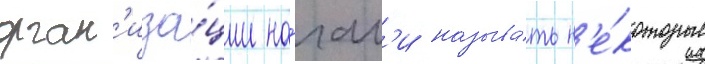
орган'иза́ции на́чал'и называ́ть н'е́которые